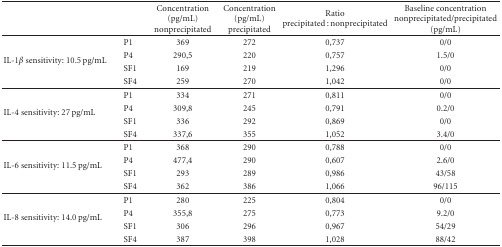
|  |  | Concentration pg/mL nonprecipitated | Concentration pg/mL precipitated | Ratio precipitated : nonprecipitated | Baseline concentration nonprecipitated/precipitated pg/mL |
 | --- | --- | --- | --- | --- | --- |
 | <ROWSPAN=4> IL-1β sensitivity: 10.5 pg/mL | P1 | 369 | 272 | 0,737 | 0/0 |
 | P4 | 290,5 | 220 | 0,757 | 1.5/0 |
 | SF1 | 169 | 219 | 1,296 | 0/0 |
 | SF4 | 259 | 270 | 1,042 | 0/0 |
 | <ROWSPAN=4> IL-4 sensitivity: 27 pg/mL | P1 | 334 | 271 | 0,811 | 0/0 |
 | P4 | 309,8 | 245 | 0,791 | 0.2/0 |
 | SF1 | 336 | 292 | 0,869 | 0/0 |
 | SF4 | 337,6 | 355 | 1,052 | 3.4/0 |
 | <ROWSPAN=4> IL-6 sensitivity: 11.5 pg/mL | P1 | 368 | 290 | 0,788 | 0/0 |
 | P4 | 477,4 | 290 | 0,607 | 2.6/0 |
 | SF1 | 293 | 289 | 0,986 | 43/58 |
 | SF4 | 362 | 386 | 1,066 | 96/115 |
 | <ROWSPAN=4> IL-8 sensitivity: 14.0 pg/mL | P1 | 280 | 225 | 0,804 | 0/0 |
 | P4 | 355,8 | 275 | 0,773 | 9.2/0 |
 | SF1 | 306 | 296 | 0,967 | 54/29 |
 | SF4 | 387 | 398 | 1,028 | 88/42 |